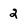
Character: 2